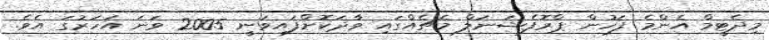
މިދެޓީމް އެންމެ ފަހުން ޕްރޮފެޝަނަލް މެޗެއްގައި ވާދަކޮށްފައިވަނީ 2005 ވަނަ އަހަރުގަ އެވެ.